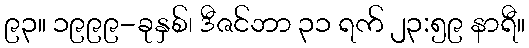
၉၃။ ၁၉၉၉-ခုနှစ်၊ ဒီဇင်ဘာ ၃၁ ရက် ၂၃:၅၉ နာရီ။